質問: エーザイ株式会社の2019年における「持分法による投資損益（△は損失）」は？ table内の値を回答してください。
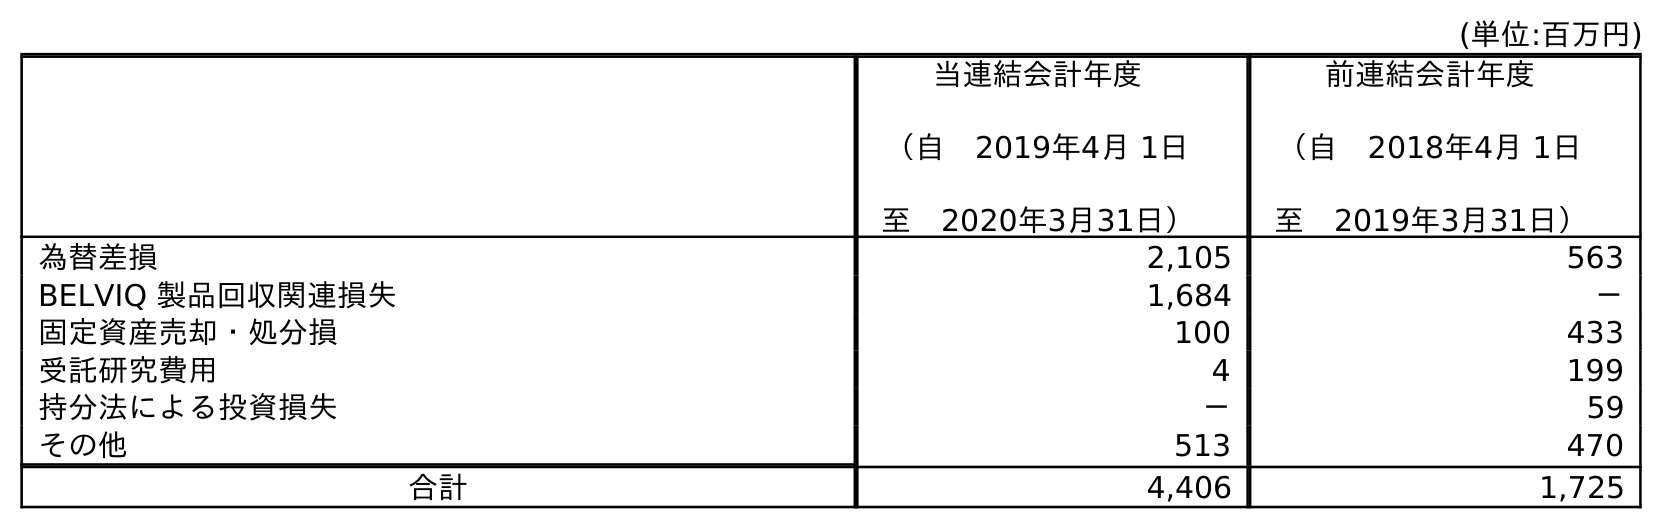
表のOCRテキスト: (単位:百万円) 当連結会計年度 （自 2019年4月 1日 至 2020年3月31日） 前連結会計年度 （自 2018年4月 1日 至 2019年3月31日） 為替差損 2,105 563 BELVIQ 製品回収関連損失 1,684 － 固定資産売却・処分損 100 433 受託研究費用 4 199 持分法による投資損失 － 59 その他 513 470 合計 4,406 1,725
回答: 59